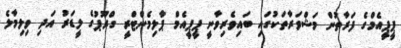
ޕީޕީއެމްގެ ފަރާތުން މަޝްވަރާތަކުގައި ބައިވެރިވާނީ ޕީޕީއެމް ޕާލިމެންޓްރީ ގްރޫޕުގެ ލީޑަރު އަދި ވިލިމާލެ